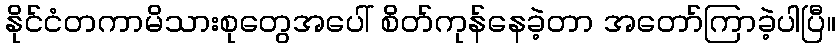
နိုင်ငံတကာမိသားစုတွေအပေါ် စိတ်ကုန်နေခဲ့တာ အတော်ကြာခဲ့ပါပြီ။